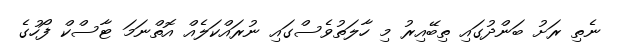
ނެތި ރަށު ބަންދުގައި ތިބޭއިރު މި ހާލަތުވެސްގައި ނުރައްކަލެއް އޮތްނަމަ ޓާސްކް ފޯހުގެ